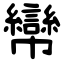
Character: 㡩